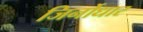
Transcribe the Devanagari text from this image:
जिर्नोधार